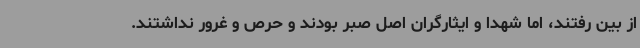
از بین رفتند، اما شهدا و ایثارگران اصل صبر بودند و حرص و غرور نداشتند.